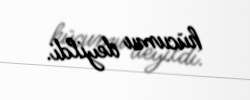
hücumu deyildi.